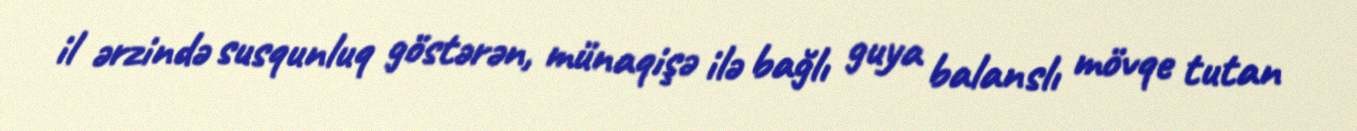
il ərzində susqunluq göstərən, münaqişə ilə bağlı guya balanslı mövqe tutan